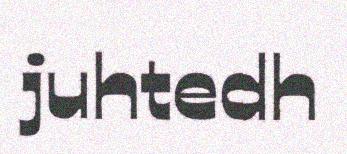
juhtedh